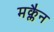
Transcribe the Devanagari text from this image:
मक्लैन